Leaving Certificate Examination (including Day School Certificate (Higher) General paper), 1937
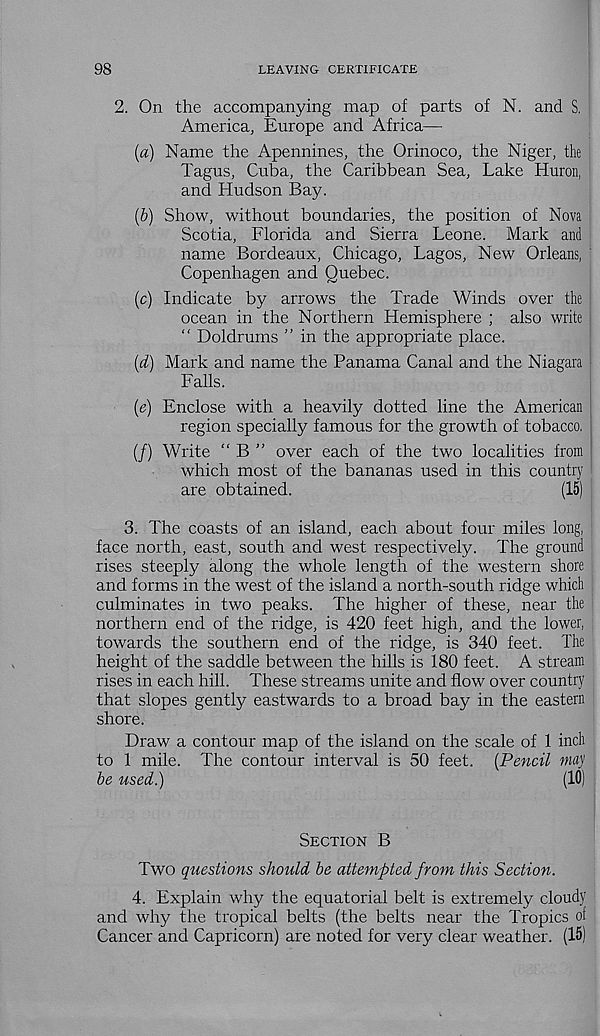
98
LEAVING CERTIFICATE
2. On the accompanying map of parts of N. and S.
America, Europe and Africa—
{a) Name the Apennines, the Orinoco, the Niger, the
Tagus, Cuba, the Caribbean Sea, Lake Huron,
and Hudson Bay.
(6) Show, without boundaries, the position of Nova
Scotia, Florida and Sierra Leone. Mark and
name Bordeaux, Chicago, Lagos, New Orleans,
Copenhagen and Quebec.
(c) Indicate by arrows the Trade Winds over the
ocean in the Northern Hemisphere ; also write |
“ Doldrums ” in the appropriate place.
(d) Mark and name the Panama Canal and the Niagara
Falls.
(e) Enclose with a heavily dotted line the American
region specially famous for the growth of tobacco.
(/) Write “ B ” over each of the two localities from
which most of the bananas used in this country :
are obtained.
(15)
3. The coasts of an island, each about four miles long,
face north, east, south and west respectively. The ground
rises steeply along the whole length of the western shore
and forms in the west of the island a north-south ridge which
culminates in two peaks. The higher of these, near the
northern end of the ridge, is 420 feet high, and the lower,
towards the southern end of the ridge, is 340 feet. The
height of the saddle between the hills is 180 feet. A stream
rises in each hill. These streams unite and flow over country
that slopes gently eastwards to a broad bay in the eastern
shore.
Draw a contour map of the island on the scale of 1 inch
to 1 mile. The contour interval is 50 feet. [Pencil mu']
be used.)
(10)
Section B
Two questions should be attempted from this Section.
4. Explain why the equatorial belt is extremely cloudy
and why the tropical belts (the belts near the Tropics of
Cancer and Capricorn) are noted for very clear weather. (15)